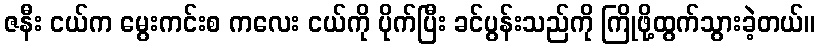
ဇနီး ငယ်က မွေးကင်းစ ကလေး ငယ်ကို ပိုက်ပြီး ခင်ပွန်းသည်ကို ကြိုဖို့ထွက်သွားခဲ့တယ်။